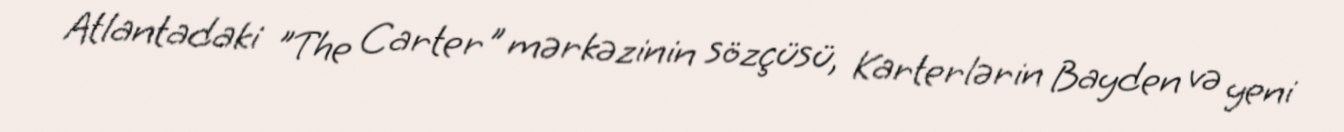
Atlantadaki "The Carter" mərkəzinin sözçüsü, Karterlərin Bayden və yeni